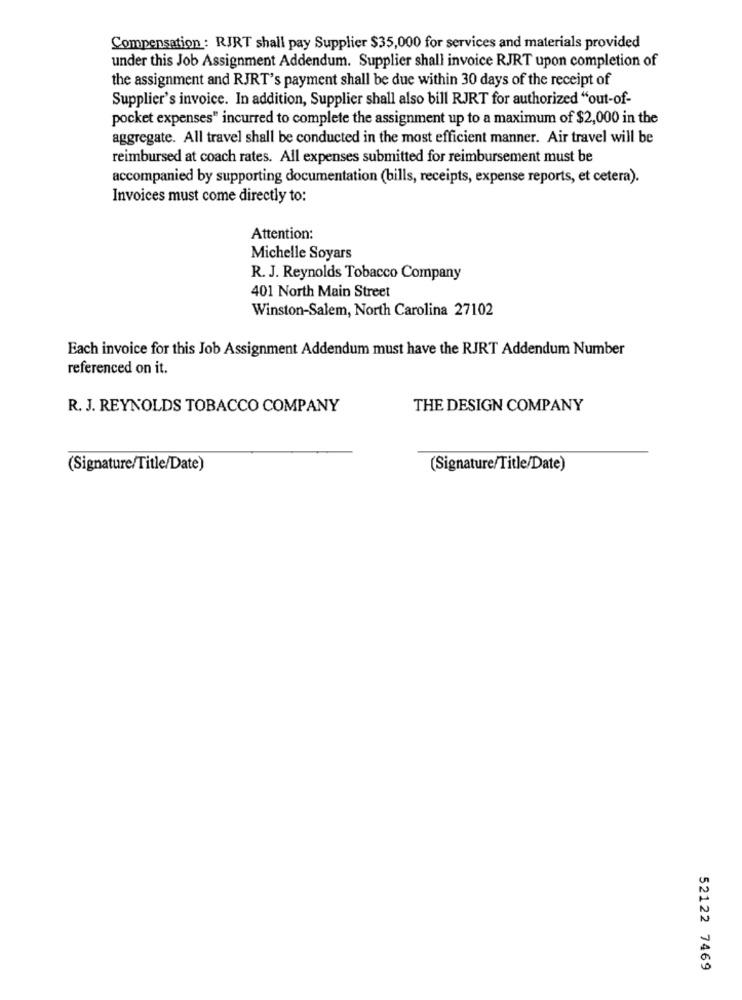
Compensation: RIRT shall pay Supplier $35,000 for services and materials provided
under this Job Assignment Addendum. Supplier shall invoice RJRT upon completion of
the assignment and RJRT's payment shall be due within 30 days of the receipt of
Supplier's invoice. In addition, Supplier shall also bill RJRT for authorized "out-of-
pocket expenses" incurred to complete the assignment up to a maximum of $2,000 in the
aggregate. All travel shall be conducted in the most efficient manner. Air travel will be
reimbursed at coach rates. All expenses submitted for reimbursement must be
accompanied by supporting documentation (bills, receipts, expense reports, et cetera).
Invoices must come directly to:
Attention:
Michelle Soyars
R. J. Reynolds Tobacco Company
401 North Main Street
Winston-Salem, North Carolina 27102
Each invoice for this Job Assignment Addendum must have the RJRT Addendum Number
referenced on it.
R. J. REYNOLDS TOBACCO COMPANY
THE DESIGN COMPANY
(Signature/Title/Date)
(Signature/Title/Date)
52122 7469